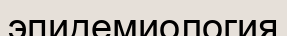
эпидемиология